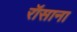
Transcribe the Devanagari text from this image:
रॉसाना